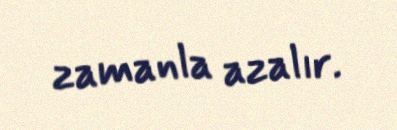
zamanla azalır.